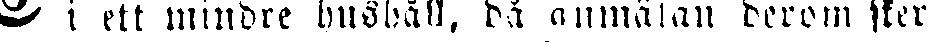
# i ett mindre hushåll, då anmälan derom sker